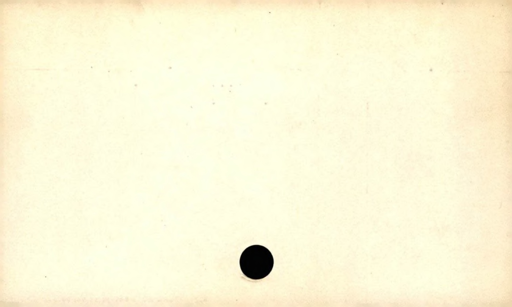
Label: blank